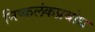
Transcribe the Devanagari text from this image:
निष्कलंकप्रबोध